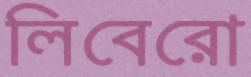
লিবেরো